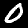
Digit: 0